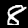
Label: 8